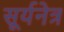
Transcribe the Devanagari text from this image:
सूर्यनेत्र